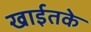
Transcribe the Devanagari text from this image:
खाईतके